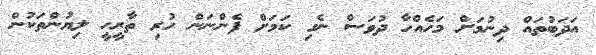
އަދަބުތައް ދިނުމަށް މަހެއްހާ ދުވަސް ނެގި ކަމަށް ފެންނަން ހުރި ތާރީހީ ލިޔުންތަކުން